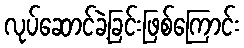
လုပ်ဆောင်ခဲ့ခြင်းဖြစ်ကြောင်း